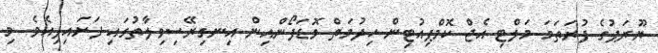
ޔޫރަޕުގެ ފުރަތަމަ މަލްޓި އެޖް ކޮމްޕިއުޓިން ހިދުމަތް ވޮޑަފޯންއިން އިނގިރޭސިވިލާތުގައި ފަށައިފިއެވެ. މި